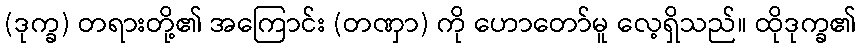
(ဒုက္ခ) တရားတို့၏ အကြောင်း (တဏှာ) ကို ဟောတော်မူ လေ့ရှိသည်။ ထိုဒုက္ခ၏